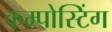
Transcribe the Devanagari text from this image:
कम्पोस्टिंग